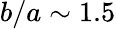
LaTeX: b/a\sim 1.5